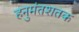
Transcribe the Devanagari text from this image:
हनुमंतशतक